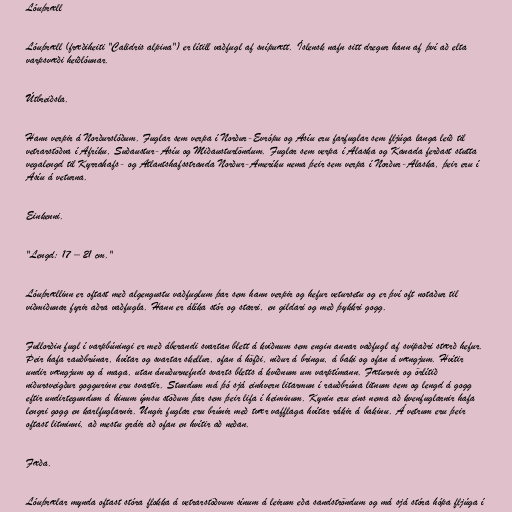
Lóuþræll

Lóuþræll (fræðiheiti "Calidris alpina") er lítill vaðfugl af snípuætt. Íslensk nafn sitt dregur hann af því að elta
varpsvæði heiðlóunar.

Útbreiðsla.

Hann verpir á Norðurslóðum. Fuglar sem verpa í Norður-Evrópu og Asíu eru farfuglar sem fljúga langa leið til
vetrarstöðva í Afríku, Suðaustur-Asíu og Miðausturlöndum. Fuglar sem verpa í Alaska og Kanada ferðast stutta
vegalengd til Kyrrahafs- og Atlantshafsstranda Norður-Ameríku nema þeir sem verpa í Norður-Alaska, þeir eru í
Asíu á veturna.

Einkenni.

"Lengd: 17 – 21 cm."

Lóuþrællinn er oftast með algengustu vaðfuglum þar sem hann verpir og hefur vetursetu og er því oft notaður til
viðmiðunar fyrir aðra vaðfugla. Hann er álíka stór og starri, en gildari og með þykkri gogg.

Fullorðin fugl í varpbúningi er með áberandi svartan blett á kviðnum sem engin annar vaðfugl af svipaðri stærð hefur.
Þeir hafa rauðbrúnar, hvítar og svartar skellur, ofan á höfði, niður á bringu, á baki og ofan á vængjum. Hvítir
undir vængjum og á maga, utan ánuðurnefnds svarts bletts á kviðnum um varptímann. Fæturnir og örlítið
niðursveigður goggurinn eru svartir. Stundum má þó sjá einhvern litarmun í rauðbrúna litnum sem og lengd á gogg
eftir undirtegundum á hinum ýmsu stöðum þar sem þeir lifa í heiminum. Kynin eru eins nema að kvenfuglarnir hafa
lengri gogg en karlfuglarnir. Ungir fuglar eru brúnir með tvær vafflaga hvítar rákir á bakinu. Á vetrum eru þeir
oftast litminni, að mestu gráir að ofan en hvítir að neðan.

Fæða.

Lóuþrælar mynda oftast stóra flokka á vetrarstöðvum sínum á leirum eða sandströndum og má sjá stóra hópa fljúga í